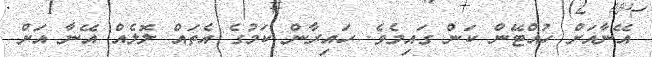
އޭނާއަށް ހުއްޓޭން ކަން ގައިމެވެ. ހައިރާން ކަމުގެ އެތައް ލޮލެއް އޭނާ އަށް